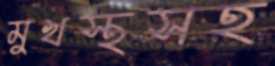
মুখস্থসহ